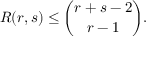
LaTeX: R ( r , s ) \leq { \binom { r + s - 2 } { r - 1 } } .